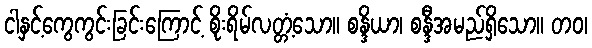
ငါနှင့်ကွေကွင်းခြင်းကြောင့် စိုးရိမ်လတ္တံ့သော။ စန္ဒိယာ၊ စန္ဒီအမည်ရှိသော။ တဝ၊